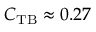
C _ { \mathrm { T B } } \approx 0 . 2 7